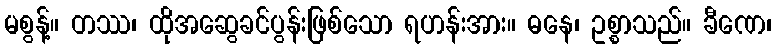
မစွန့်။ တဿ၊ ထိုအဆွေခင်ပွန်းဖြစ်သော ရဟန်းအား။ ဓနေ၊ ဥစ္စာသည်။ ခီဏေ၊